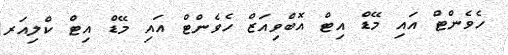
ހެވެންޓް އައި މޭޑް އިޓް އޮބްވިއަޒް ހެވެންޓް އައި މޭޑް އިޓް ކްލިއަރ